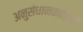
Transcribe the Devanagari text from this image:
अनुसंधानकारियों